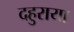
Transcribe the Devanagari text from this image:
दहुराया